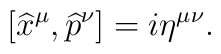
[\widehat{x}^{\mu},\widehat{p}^{\nu}]=i\eta^{\mu\nu}.